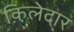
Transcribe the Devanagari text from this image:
क़िलेदार